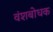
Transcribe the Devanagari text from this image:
वंशबोधक